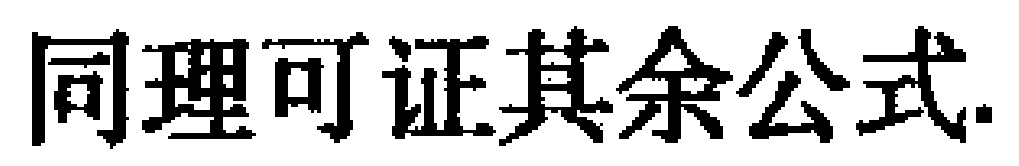
同理可证其余公式.